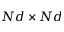
N d \times N d